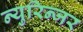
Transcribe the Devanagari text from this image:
न्युरिन्जर